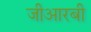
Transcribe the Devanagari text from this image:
जीआरबी